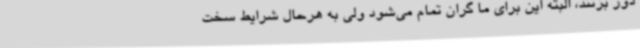
دور بزنند، البته این برای ما گران تمام می‌شود ولی به هرحال شرایط سخت